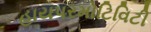
હાયપરમોટિવિટી